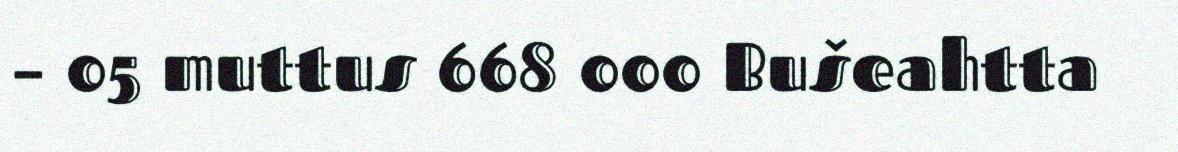
– 05 muttus 668 000 Bušeahtta